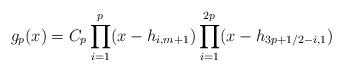
LaTeX: \begin{gather*}g_p(x)=C_p \prod\limits_{i=1}^{p}(x- h_{i,m+1}) \prod\limits_{i=1}^{2p} (x-h_{3p+1/2 -i,1})\end{gather*}